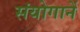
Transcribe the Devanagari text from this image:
संयोगानें